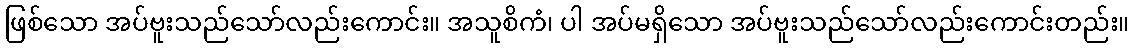
ဖြစ်သော အပ်ဗူးသည်သော်လည်းကောင်း။ အသူစိကံ၊ ပါ အပ်မရှိသော အပ်ဗူးသည်သော်လည်းကောင်းတည်း။